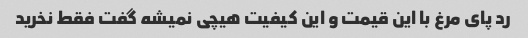
رد پای مرغ با این قیمت و این کیفیت هیچی نمیشه گفت فقط نخرید